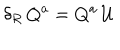
LaTeX: \delta _ { R } \, Q ^ { a } = Q ^ { a } \, \mathcal { U }